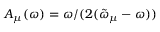
A _ { \mu } ( \omega ) = \omega / ( 2 ( \tilde { \omega } _ { \mu } - \omega ) )